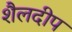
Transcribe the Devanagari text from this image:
शैलदीप